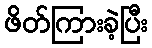
ဖိတ်ကြားခဲ့ပြီး